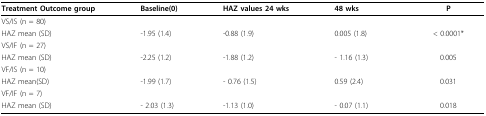
| Treatment Outcome group | Baseline(0) | HAZ values 24 wks | 48 wks | P |
 | --- | --- | --- | --- | --- |
 | VS/IS (n = 80) |  |  |  |  |
 | HAZ mean (SD) | -1.95 (1.4) | -0.88 (1.9) | 0.005 (1.8) | < 0.0001* |
 | VS/IF (n = 27) |  |  |  |  |
 | HAZ mean (SD) | -2.25 (1.2) | -1.88 (1.2) | - 1.16 (1.3) | 0.005 |
 | VF/IS (n = 10) |  |  |  |  |
 | HAZ mean(SD) | -1.99 (1.7) | - 0.76 (1.5) | 0.59 (2.4) | 0.031 |
 | VF/IF (n = 7) |  |  |  |  |
 | HAZ mean (SD) | - 2.03 (1.3) | -1.13 (1.0) | - 0.07 (1.1) | 0.018 |